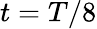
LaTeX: t=T/8